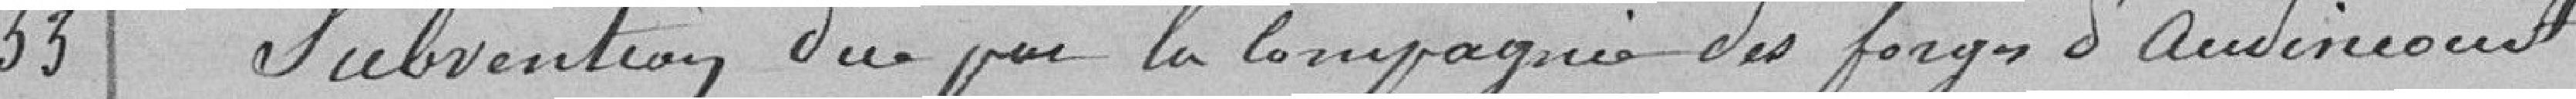
Subvention due par la compagnie des forges d'Audincourt